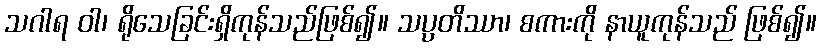
သဂါရ ဝါ၊ ရိုသေခြင်းရှိကုန်သည်ဖြစ်၍။ သပ္ပတိဿာ၊ စကားကို နာယူကုန်သည် ဖြစ်၍။